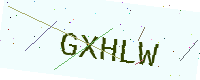
Text: GXHLW